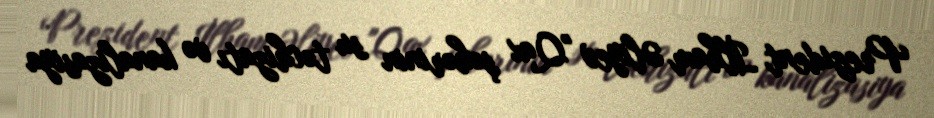
Prezident İlham Əliyev "Qax şəhərinin su təchizatı və kanalizasiya